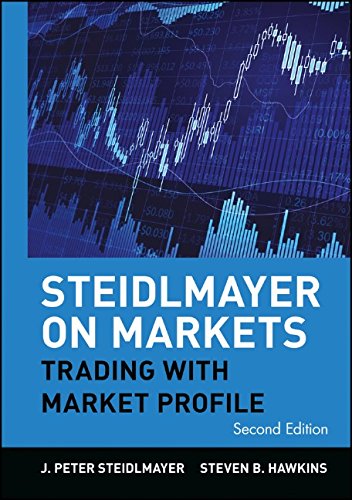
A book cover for Steidlmayer on Markets: Trading with Market Profile, 2nd Edition; J. Peter Steidlmayer; Business & Money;